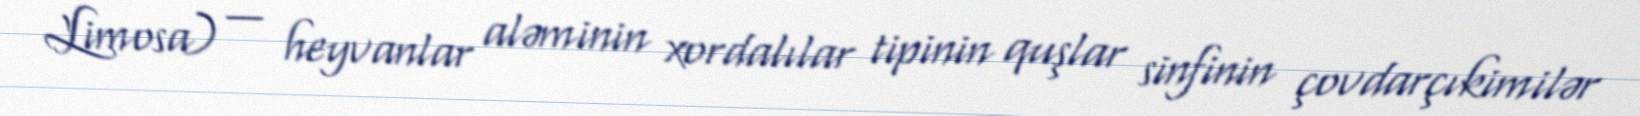
Limosa) — heyvanlar aləminin xordalılar tipinin quşlar sinfinin çovdarçıkimilər